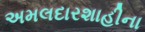
અમલદારશાહીના